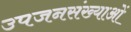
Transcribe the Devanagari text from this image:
उपजनसंख्याओं